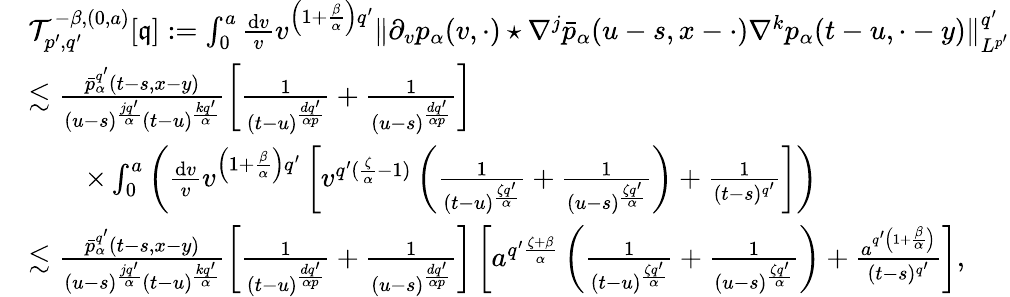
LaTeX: \begin{array}{rl}&{\mathcal{T}_{p^{\prime},q^{\prime}}^{-\beta,(0,a)}[\mathfrak{q}]:=\int_{0}^{a}\frac{\mathrm{d}v}{v}v^{\left(1+\frac{\beta}{\alpha}\right)q^{\prime}}\Vert\partial_{v}p_{\alpha}(v,\cdot)\star\nabla^{j}\bar{p}_{\alpha}(u-s,x-\cdot)\nabla^{k}p_{\alpha}(t-u,\cdot-y)\Vert_{L^{p^{\prime}}}^{q^{\prime}}}\\ &{\lesssim\frac{\bar{p}_{\alpha}^{q^{\prime}}(t-s,x-y)}{(u-s)^{\frac{jq^{\prime}}{\alpha}}(t-u)^{\frac{kq^{\prime}}{\alpha}}}\left[\frac{1}{(t-u)^{\frac{dq^{\prime}}{\alpha p}}}+\frac{1}{(u-s)^{\frac{dq^{\prime}}{\alpha p}}}\right]}\\ &{\qquad\times\int_{0}^{a}\left(\frac{\mathrm{d}v}{v}v^{\left(1+\frac{\beta}{\alpha}\right)q^{\prime}}\left[v^{q^{\prime}(\frac{\zeta}{\alpha}-1)}\left(\frac{1}{(t-u)^{\frac{\zeta q^{\prime}}{\alpha}}}+\frac{1}{(u-s)^{\frac{\zeta q^{\prime}}{\alpha}}}\right)+\frac{1}{(t-s)^{q^{\prime}}}\right]\right)}\\ &{\lesssim\frac{\bar{p}_{\alpha}^{q^{\prime}}(t-s,x-y)}{(u-s)^{\frac{jq^{\prime}}{\alpha}}(t-u)^{\frac{kq^{\prime}}{\alpha}}}\left[\frac{1}{(t-u)^{\frac{dq^{\prime}}{\alpha p}}}+\frac{1}{(u-s)^{\frac{dq^{\prime}}{\alpha p}}}\right]\left[a^{q^{\prime}\frac{\zeta+\beta}{\alpha}}\left(\frac{1}{(t-u)^{\frac{\zeta q^{\prime}}{\alpha}}}+\frac{1}{(u-s)^{\frac{\zeta q^{\prime}}{\alpha}}}\right)+\frac{a^{q^{\prime}\left(1+\frac{\beta}{\alpha}\right)}}{(t-s)^{q^{\prime}}}\right],}\end{array}